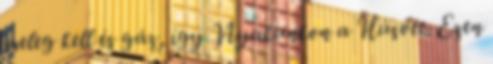
meleg kell és gáz, így Nyakunkon a Húsvét. Ezen